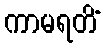
ကာမရတိံ